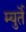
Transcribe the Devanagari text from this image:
म्युर्ते